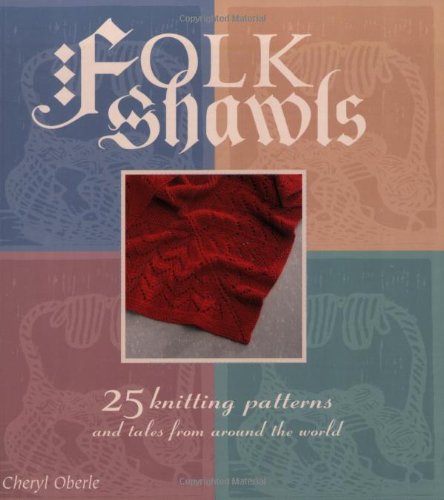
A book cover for Folk Shawls: 25 knitting patterns and tales from around the world (Folk Knitting series); Cheryl Oberle; Crafts, Hobbies & Home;